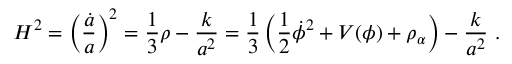
H ^ { 2 } = \left( { \frac { \dot { a } } { a } } \right) ^ { 2 } = { \frac { 1 } { 3 } } \rho - { \frac { k } { a ^ { 2 } } } = { \frac { 1 } { 3 } } \left( { \frac { 1 } { 2 } } \dot { \phi } ^ { 2 } + V ( \phi ) + \rho _ { \alpha } \right) - { \frac { k } { a ^ { 2 } } } \ .